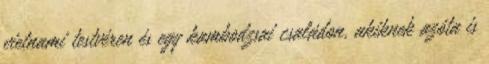
vietnami testvéren és egy kambodzsai családon, akiknek azóta is